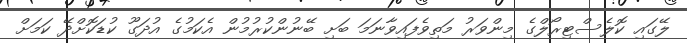
ލޭގައި ކޮލެސްޓިރޯލްގެ މިންވަރު މަތިވެފައިވާނަމަ ބަށި ބޭނުންކުރުމުން އެކަމުގެ އުދަގޫ ކުޑަކޮށްދޭ ކަމަށް